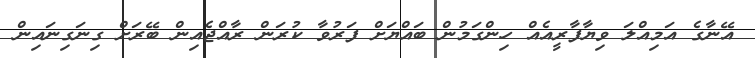
އޭނާގެ އަމިއްލަ ވިޔާފާރީއެއް ހިންގަމުން ބައްޔަށް ފަރުވާ ކުރަން ރާއްޖެއިން ބޭރަށް ގިނަގިނައިން